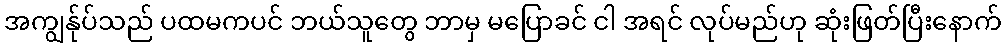
အကျွန်ုပ်သည် ပထမကပင် ဘယ်သူတွေ ဘာမှ မပြောခင် ငါ အရင် လုပ်မည်ဟု ဆုံးဖြတ်ပြီးနောက်